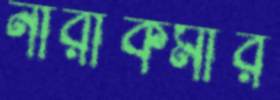
নারীকর্মীর